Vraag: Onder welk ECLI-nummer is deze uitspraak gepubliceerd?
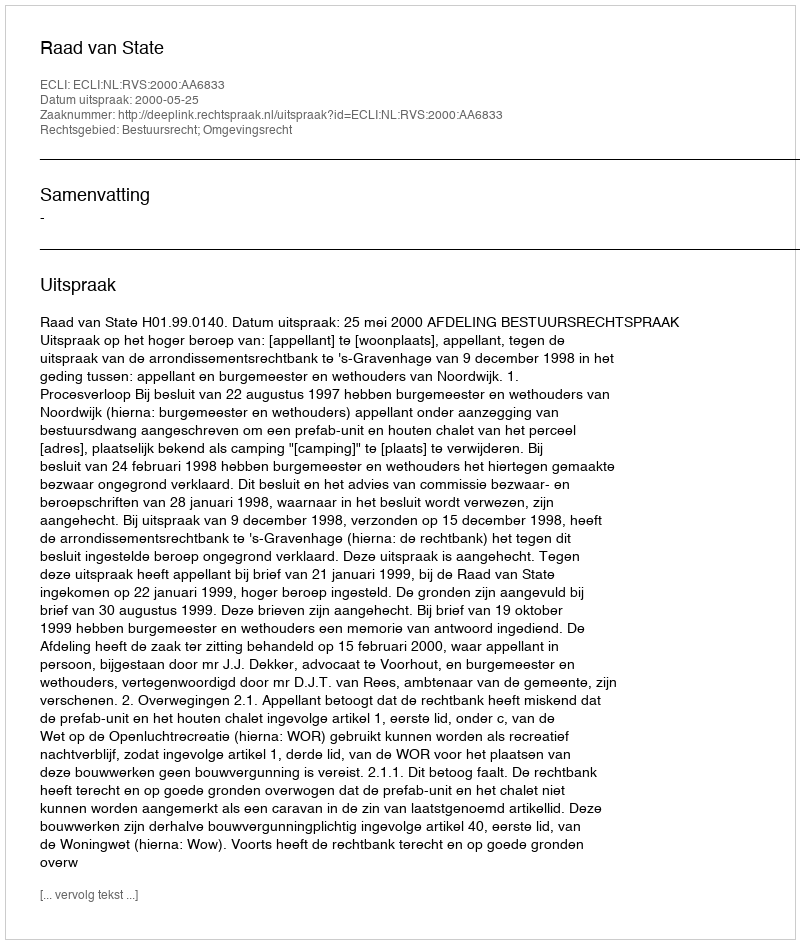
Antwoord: ECLI:NL:RVS:2000:AA6833